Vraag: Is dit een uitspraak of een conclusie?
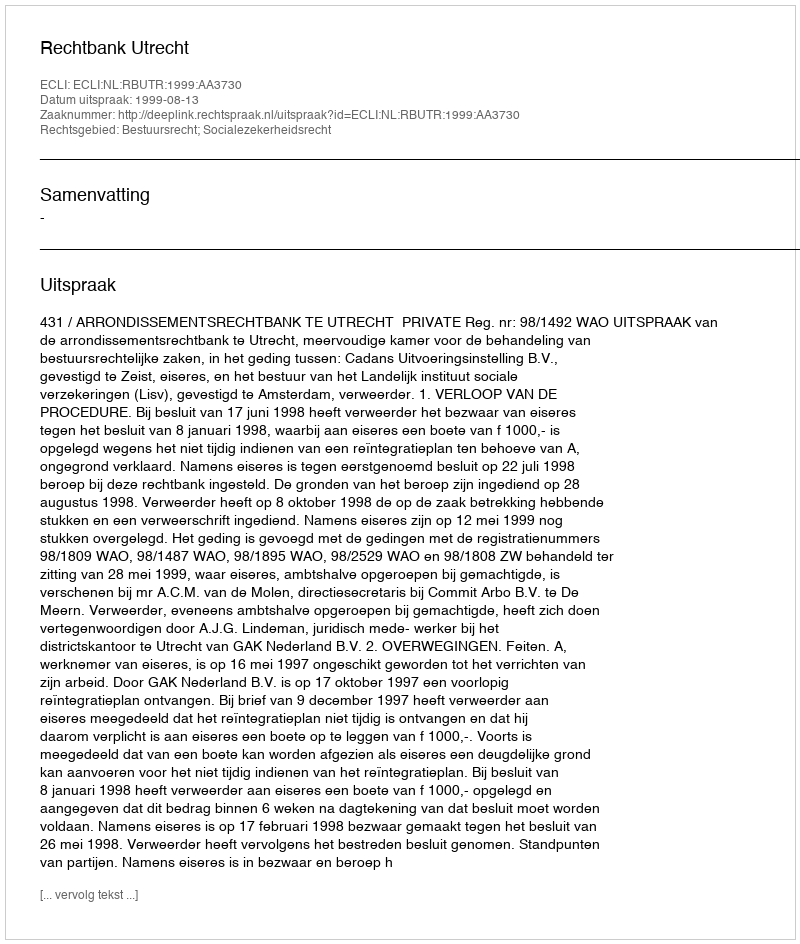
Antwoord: Uitspraak